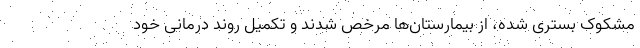
مشکوک بستری شده، از بیمارستان‌ها مرخص شدند و تکمیل روند درمانی خود